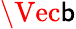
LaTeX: \Vec{\mathsf{b}}